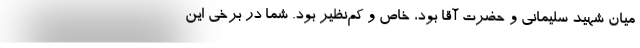
میان شهید سلیمانی و حضرت آقا بود، خاص و کم‌نظیر بود. شما در برخی این